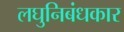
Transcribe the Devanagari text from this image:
लघुनिबंधकार